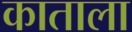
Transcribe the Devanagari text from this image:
काताला